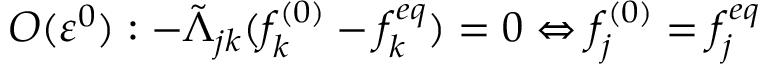
O ( \varepsilon ^ { 0 } ) : - \tilde { \Lambda } _ { j k } ( f _ { k } ^ { ( 0 ) } - f _ { k } ^ { e q } ) = 0 \Leftrightarrow f _ { j } ^ { ( 0 ) } = f _ { j } ^ { e q }